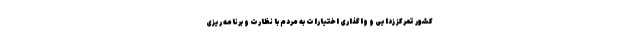
کشور تمرکز زدایی و واگذاری اختیارات به مردم با نظارت و برنامه ریزی